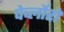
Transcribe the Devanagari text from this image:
पेर्च्लोरो